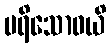
ပရိသောဓယိ